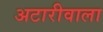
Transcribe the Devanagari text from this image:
अटारीवाला